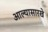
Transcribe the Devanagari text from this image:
आल्‍यासारखे